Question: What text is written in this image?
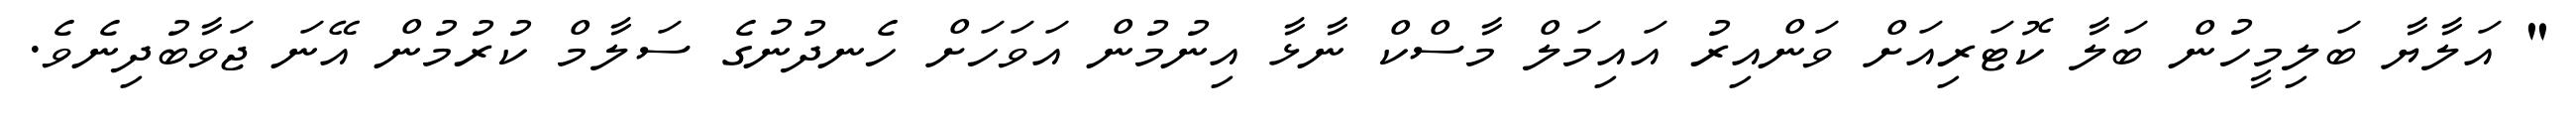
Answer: " އަލާޔާ ބަލިމީހުން ބަލާ ކޮޓަރިއަށް ވަންއިރު އައިމަލް މާސްކް ނާޅާ އިނުމުން އަވަހަށް ހެނދުނުގެ ސަލާމް ކުރުމުން އޭނަ ޖަވާބުދިނެވެ.